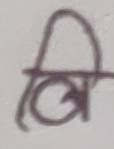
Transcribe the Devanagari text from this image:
लि